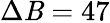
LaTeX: \Delta\mathit{B}=47